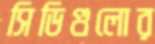
সিডিগুলোর